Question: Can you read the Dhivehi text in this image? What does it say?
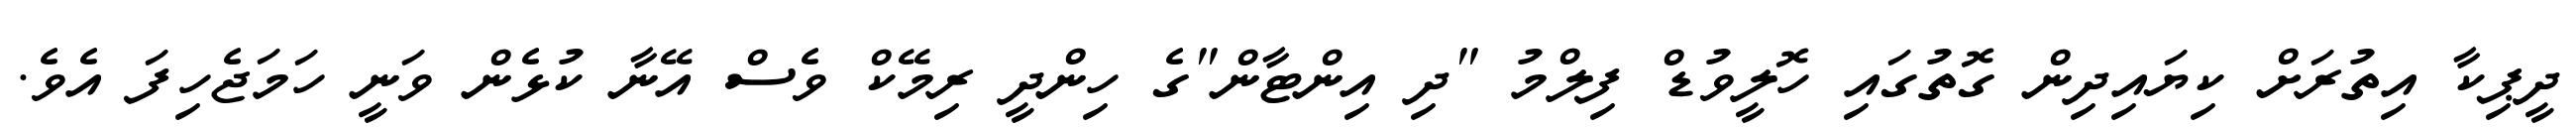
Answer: ދީޕިކާ އިތުރަށް ކިޔައިދިން ގޮތުގައި ހޮލީވުޑް ފިލްމު "ދި އިންޓާން"ގެ ހިންދީ ރިމޭކް ވެސް އޭނާ ކުޅެން ވަނީ ހަމަޖެހިފަ އެވެ.